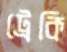
ট্রেকি